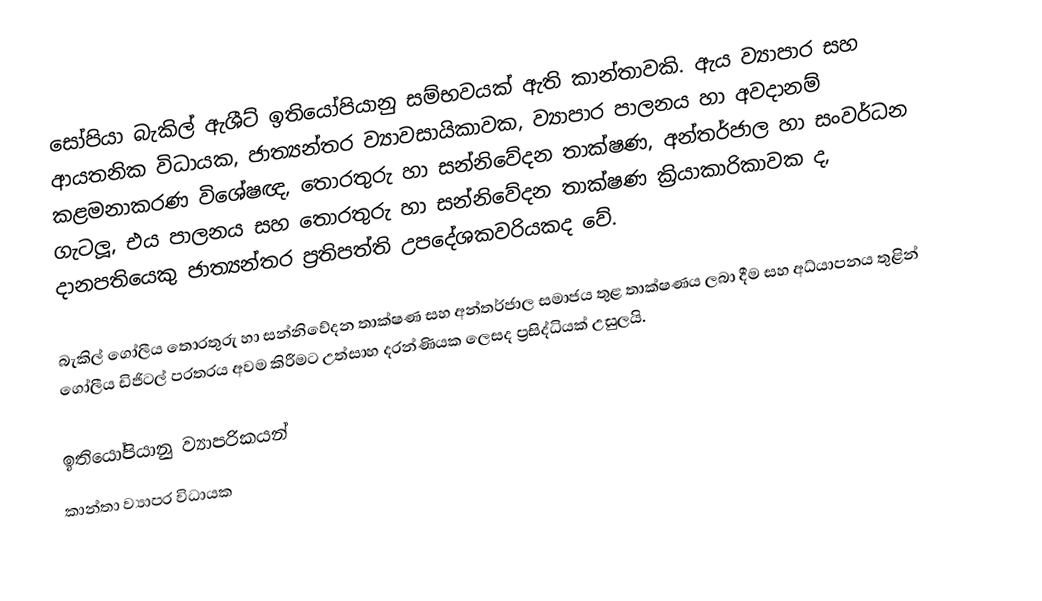
සෝපියා බැකිල් ඇශීට් ඉතියෝපියානු සම්භවයක් ඇති කාන්තාවකි. ඇය ව්‍යාපාර සහ ආයතනික විධායක, ජාත්‍යන්තර ව්‍යාවසායිකාවක, ව්‍යාපාර පාලනය හා අවදානම් කළමනාකරණ විශේෂඥ, තොරතුරු හා සන්නිවේදන තාක්ෂණ, අන්තර්ජාල හා සංවර්ධන ගැටලූ, එය පාලනය සහ තොරතුරු හා සන්නිවේදන තාක්ෂණ ක්‍රියාකාරිකාවක ද, දානපතියෙකු ජාත්‍යන්තර ප්‍රතිපත්ති උපදේශකවරියකද වේ.

බැකිල් ගෝලීය තොරතුරු හා සන්නිවේදන තාක්ෂණ සහ අන්තර්ජාල සමාජය තුළ තාක්ෂණය ලබා දීම සහ අධ්යාපනය තුළින් ගෝලීය ඩිජිටල් පරතරය අවම කිරීමට උත්සාහ දරන්ණියක ලෙසද ප්‍රසිද්ධියක් උසුලයි.

ඉතියෝපියානු ව්‍යාපරිකයන්
කාන්තා ව්‍යාපර විධායක